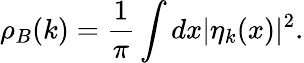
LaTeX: \rho_{B}(k)=\frac{1}{\pi}\int dx|\eta_{k}(x)|^{2}.